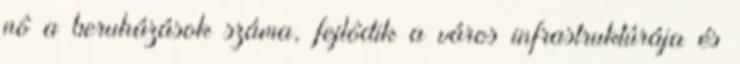
nô a beruházások száma, fejlôdik a város infrastruktúrája és